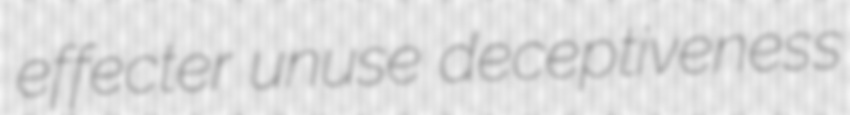
effecter unuse deceptiveness